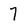
Character: 7